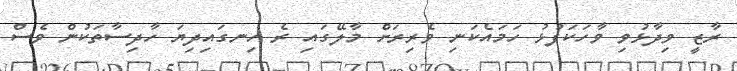
ރާޒީ ވިދާޅުވި ވާހަކަފުޅު ހަމައެކަނި ވެރިރަށް މާލޭގައި ރެ ހިނގައިދިޔަ ހާދިސާތަކުން ވެސް